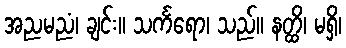
အညမညံ၊ ချင်း။ သင်္ကရော၊ သည်။ နတ္ထိ၊ မရှိ၊